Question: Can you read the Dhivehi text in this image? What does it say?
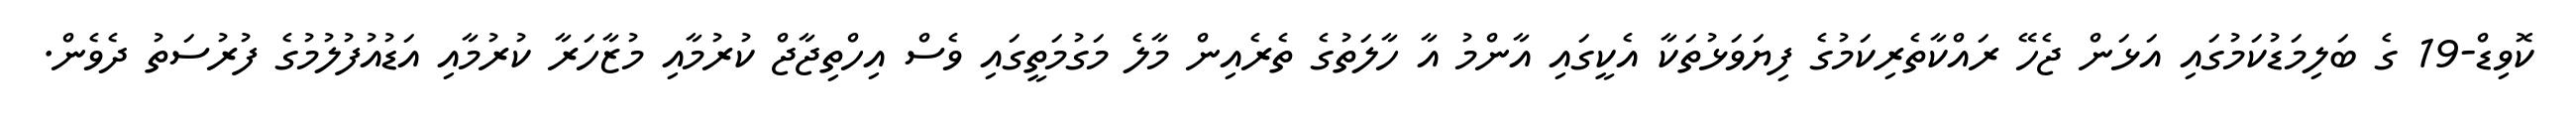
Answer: ކޮވިޑް-19 ގެ ބަލިމަޑުކަމުގައި އަޅަން ޖެހޭ ރައްކާތެރިކަމުގެ ފިޔަވަޅުތަކާ އެކީގައި އާންމު އާ ހާލަތުގެ ތެރެއިން މާލެ މަގުމަތީގައި ވެސް އިހްތިޖާޖް ކުރުމާއި މުޒާހަރާ ކުރުމާއި އަޑުއުފުލުމުގެ ފުރުސަތު ދެވެން.